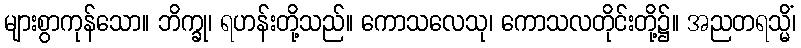
များစွာကုန်သော။ ဘိက္ခု၊ ရဟန်းတို့သည်။ ကောသလေသု၊ ကောသလတိုင်းတို့၌။ အညတရသ္မိံ၊